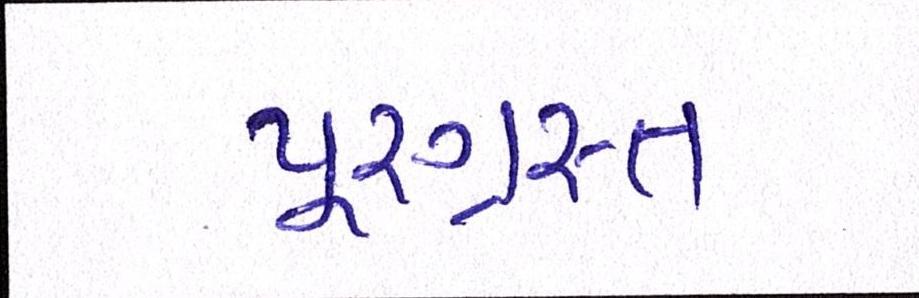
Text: પૂરગ્રસ્ત